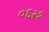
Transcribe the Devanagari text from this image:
०६२१